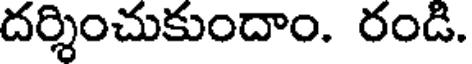
దర్శించుకుందాం. రండి.